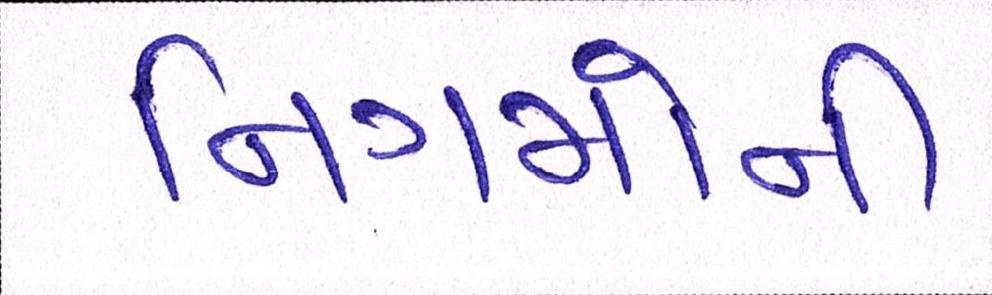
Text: નિગમોની